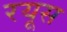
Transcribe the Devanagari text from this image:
रयूस